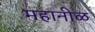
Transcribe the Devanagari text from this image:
महानीळ